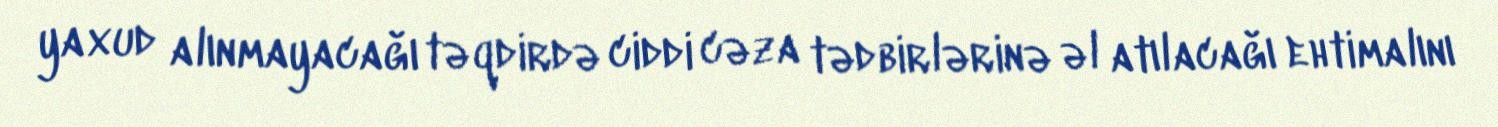
yaxud alınmayacağı təqdirdə ciddi cəza tədbirlərinə əl atılacağı ehtimalını